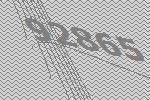
92865